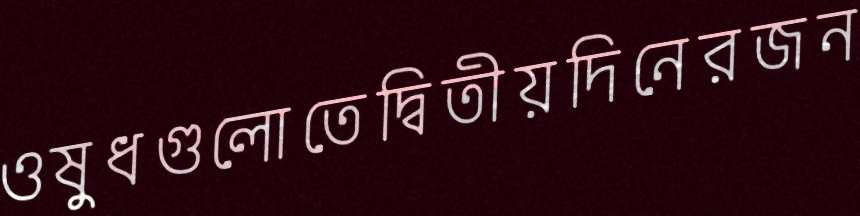
ওষুধগুলোতেদ্বিতীয়দিনেরজন